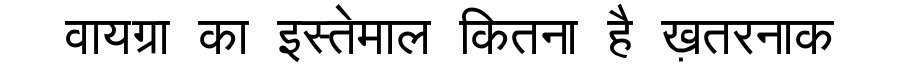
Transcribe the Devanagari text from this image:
वायग्रा का इस्तेमाल कितना है ख़तरनाक